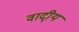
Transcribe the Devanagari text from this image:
वादी्य